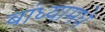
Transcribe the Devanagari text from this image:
बांध्यामधे